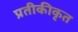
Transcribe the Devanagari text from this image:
प्रतीकीकृत